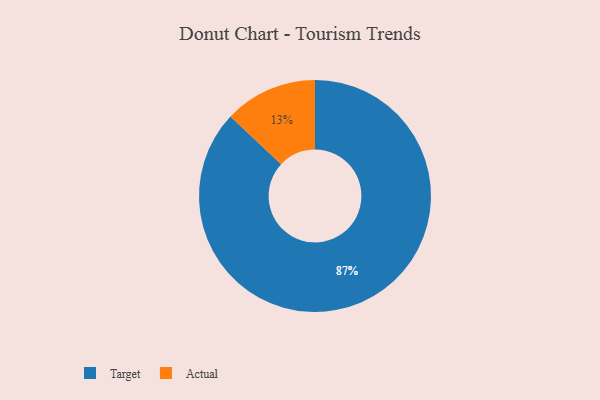
{"axis": {"x": "Category", "y": "Percentage"}, "legend": ["Actual", "Target"], "data": [{"x": "Actual", "y": 13, "type": "Actual"}, {"x": "Target", "y": 87, "type": "Target"}]}